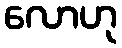
လောဟု